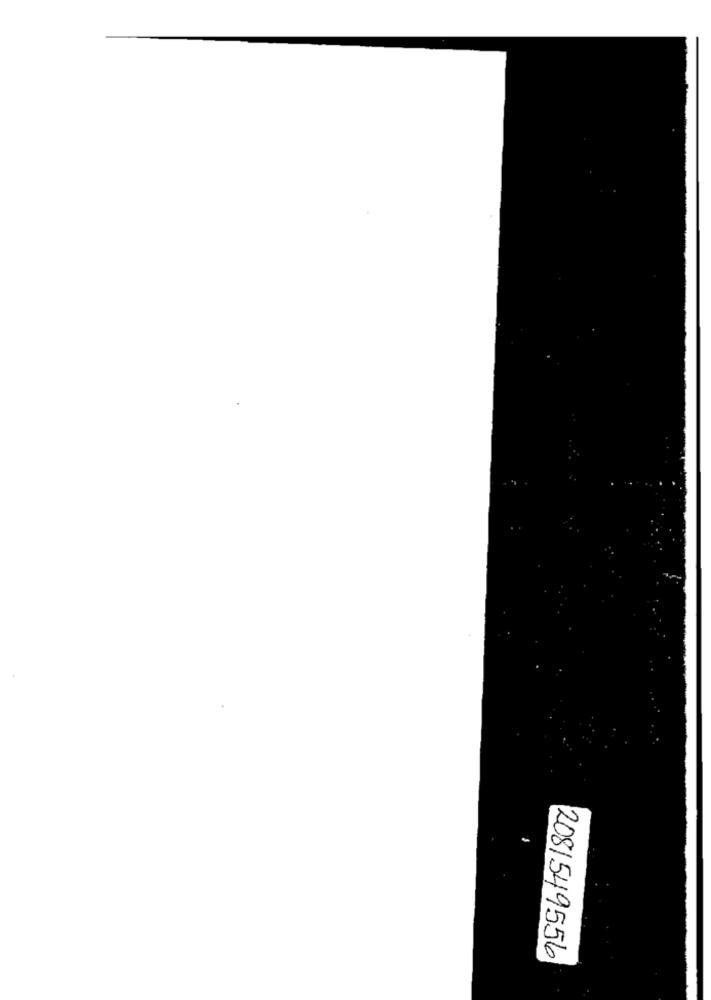
2081549556